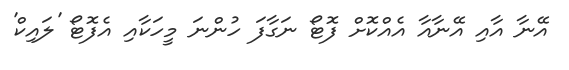
އޭނާ އާއި އޭނާއާ އެއްކޮށް ފޮޓޯ ނަގާފަ ހުންނަ މީހަކާއި އެފޮޓޯ 'ލައިކް'